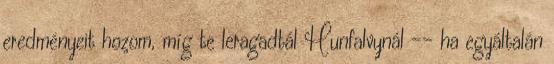
eredményeit hozom, míg te leragadtál Hunfalvynál -- ha egyáltalán